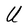
Character: U